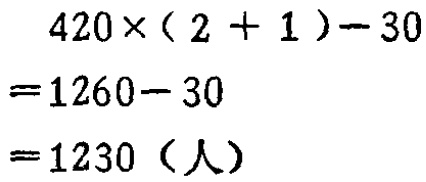
\[
\begin{align*}
&420\times(2 + 1)-30\\
=&1260 - 30\\
=&1230（人）
\end{align*}
\]